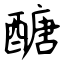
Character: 醣